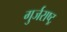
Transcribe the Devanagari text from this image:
गुर्जराष्ट्र